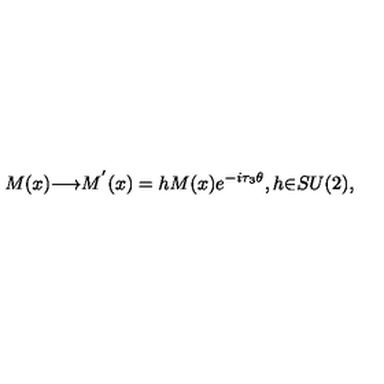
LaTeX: M ( x ) { \longrightarrow } M ^ { ' } ( x ) = h M ( x ) e ^ { - i { \tau } _ { 3 } { \theta } } , h { \in } S U ( 2 ) ,